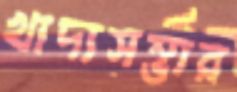
খাদ্যসম্ভার